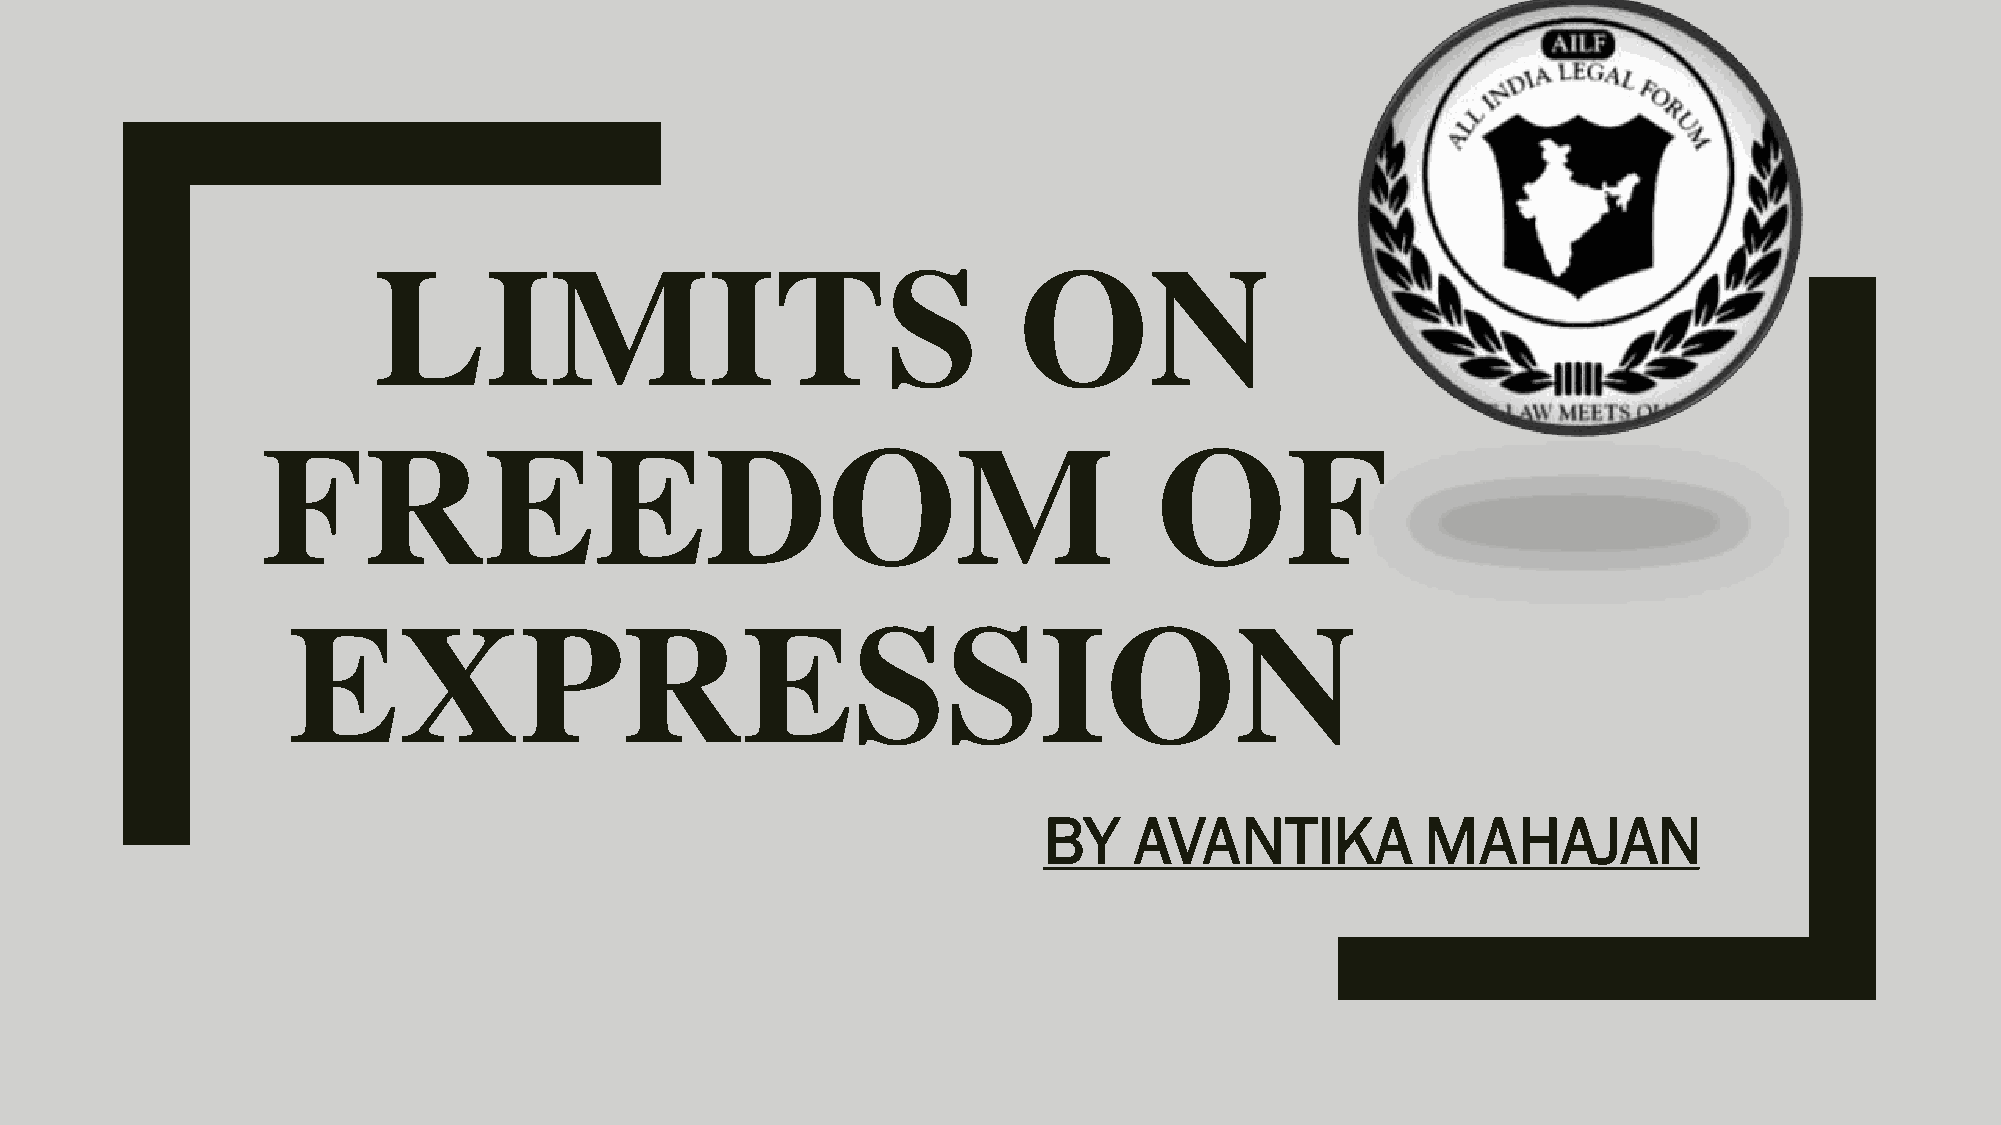
LIMITS                                    ON
 FREEDOM                                                     OF
 EXPRESSION
 BY    AVANTIKA           MAHAJAN